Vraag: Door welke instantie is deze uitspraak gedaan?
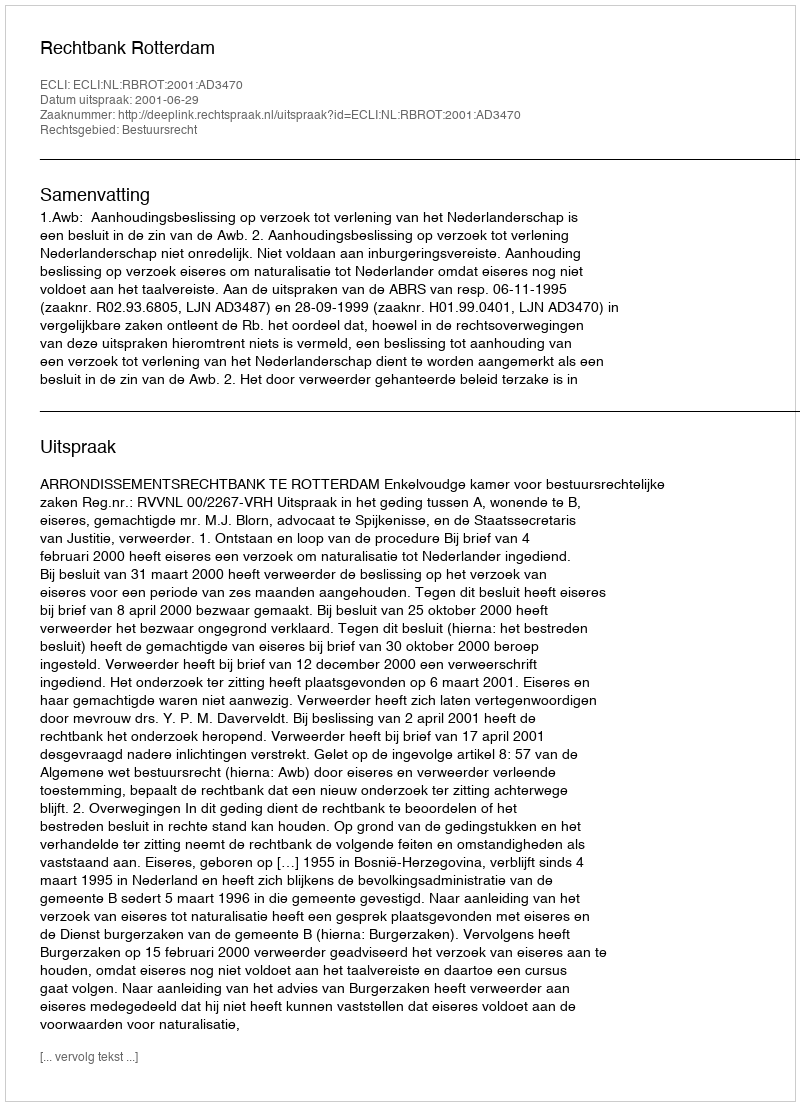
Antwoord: Rechtbank Rotterdam